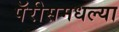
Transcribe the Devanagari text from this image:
पॅरीसमधल्या